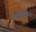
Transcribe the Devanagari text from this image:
पेट्रोलियम्स